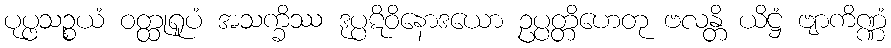
ပုပ္ဖသဉ္စယံ ဝတ္ထုရူပံ အသက္ခိဿ ဒုပ္ပဋိဝိနောဒယော ဥပ္ပတ္တိဟေတု ဗလန္တိ ယိဋ္ဌံ ဗျာကိဏ္ဏံ